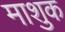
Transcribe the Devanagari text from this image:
माशुक